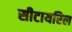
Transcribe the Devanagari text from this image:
सीटायरिल